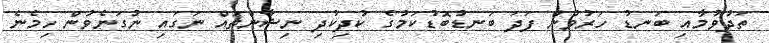
ތަދުވުމާއި ބަނޑު ހަރުވުން ފަދަ ބަނޑުބޮޑުކަމުގެ ކުދިކުދި ނިޝާންތައް ނަގައި ނުގަނެވުން ހިމެނެ